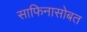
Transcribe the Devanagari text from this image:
साफिनासोबत